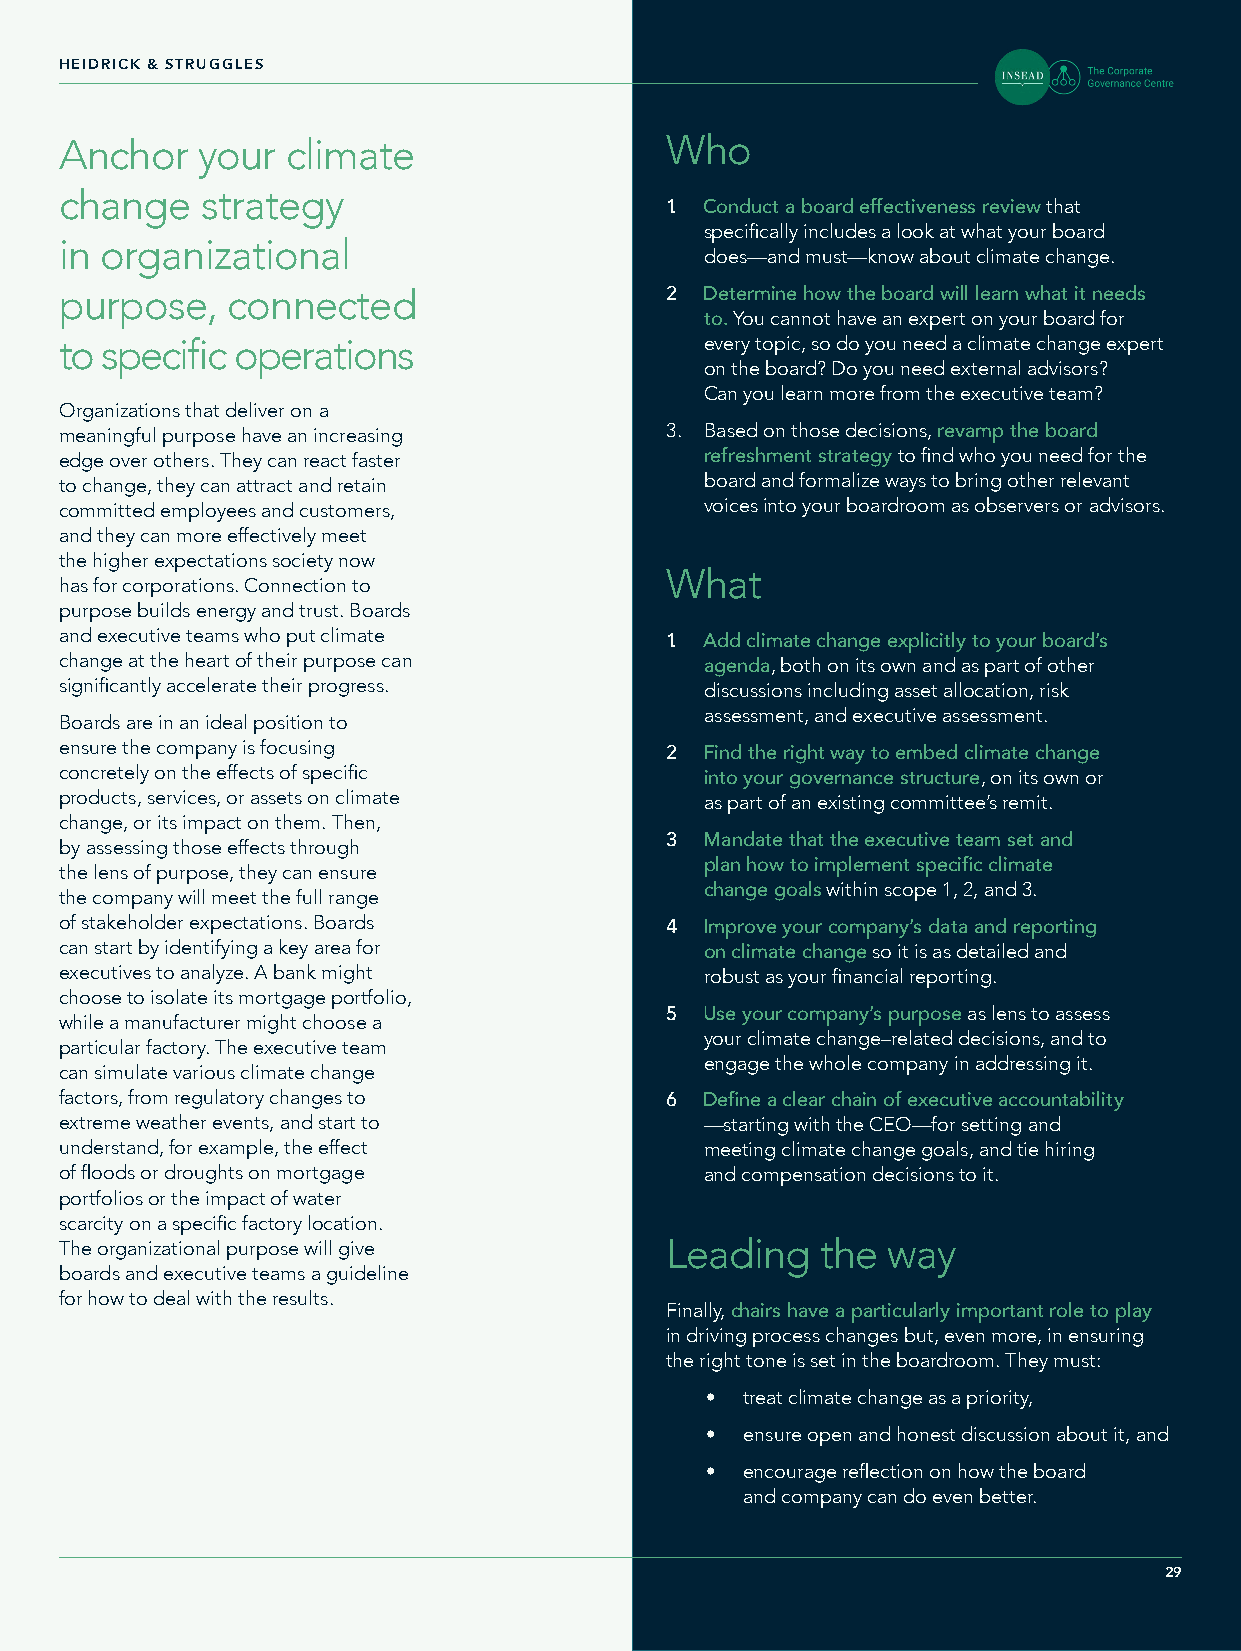
HEIDRICK & STRUGGLES
 Anchor   your  climate                  Who
 change   strategy
 1. C onduct a board effectiveness review that
 specifically includes a look at what your board
 in organizational
 does—and must—know about climate change.
 purpose,   connected                    2. D etermine how the board will learn what it needs
 to. You cannot have an expert on your board for
 to specific operations                     every topic, so do you need a climate change expert
 on the board? Do you need external advisors?
 Can you learn more from the executive team?
 Organizations that deliver on a
 meaningful purpose have an increasing   3. Based on those decisions, revamp the board
 edge over others. They can react faster    refreshment strategy to find who you need for the
 to change, they can attract and retain     board and formalize ways to bring other relevant
 committed employees and customers,         voices into your boardroom as observers or advisors.
 and they can more effectively meet
 the higher expectations society now
 What
 has for corporations. Connection to
 purpose builds energy and trust. Boards
 and executive teams who put climate
 1. A dd climate change explicitly to your board’s
 change at the heart of their purpose can   agenda, both on its own and as part of other
 significantly accelerate their progress.   discussions including asset allocation, risk
 assessment, and executive assessment.
 Boards are in an ideal position to
 ensure the company is focusing
 2. F ind the right way to embed climate change
 concretely on the effects of specific      into your governance structure, on its own or
 products, services, or assets on climate   as part of an existing committee’s remit.
 change, or its impact on them. Then,
 by assessing those effects through      3. M andate that the executive team set and
 the lens of purpose, they can ensure       plan how to implement specific climate
 the company will meet the full range       change goals within scope 1, 2, and 3.
 of stakeholder expectations. Boards
 4. I mprove your company’s data and reporting
 can start by identifying a key area for    on climate change so it is as detailed and
 executives to analyze. A bank might        robust as your financial reporting.
 choose to isolate its mortgage portfolio,
 5. U se your company’s purpose as lens to assess
 while a manufacturer might choose a
 your climate change–related decisions, and to
 particular factory. The executive team
 engage the whole company in addressing it.
 can simulate various climate change
 factors, from regulatory changes to     6. D efine a clear chain of executive accountability
 extreme weather events, and start to       —starting with the CEO—for setting and
 understand, for example, the effect        meeting climate change goals, and tie hiring
 of floods or droughts on mortgage          and compensation decisions to it.
 portfolios or the impact of water
 scarcity on a specific factory location.
 The organizational purpose will give    Leading   the  way
 boards and executive teams a guideline
 for how to deal with the results.
 Finally, chairs have a particularly important role to play
 in driving process changes but, even more, in ensuring
 the right tone is set in the boardroom. They must:
 • treat climate change as a priority,
 • ensure open and honest discussion about it, and
 • encourage reflection on how the board
 and company can do even better.
 29